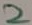
Text: 2